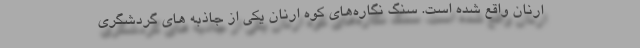
ارنان واقع شده است. سنگ نگاره‌های کوه ارنان یکی از جاذبه های گردشگری